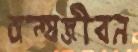
অন্যজীবন